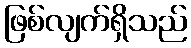
ဖြစ်လျက်ရှိသည်